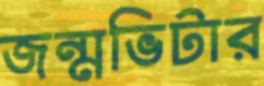
জন্মভিটার